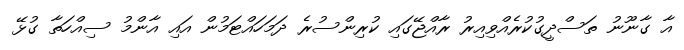
އާ ގާނޫނު ތަސްދީގުކުރެއްވިއިރު ރާއްޖޭގައި ކުރިންސުރެ ދަމަހައްޓަމުން އައި އާންމު ސިއްހަތާ ގުޅޭ